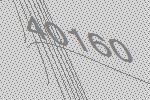
40160